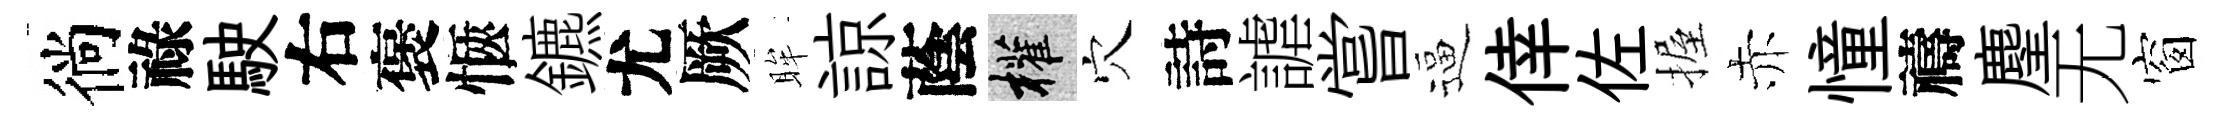
徜祿駛右褒愜鑣尤厥眸諒蔭權穴詩謔嘗逼倖佐握赤憧禱麈无窗